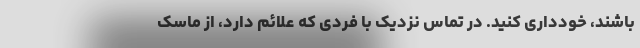
باشند، خودداری کنید. در تماس نزدیک با فردی که علائم دارد، از ماسک